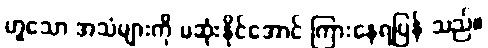
ဟူသော အသံများကို မဆုံးနိုင်အောင် ကြားနေရပြန် သည်။